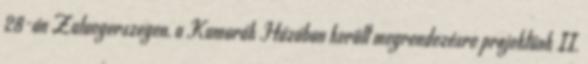
28-án Zalaegerszegen, a Kamarák Házában került megrendezésre projektünk II.